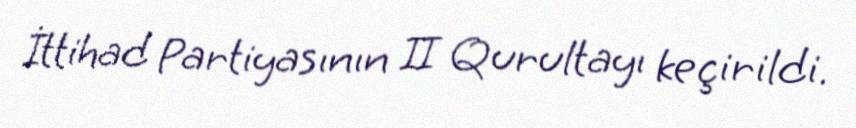
İttihad Partiyasının II Qurultayı keçirildi.